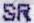
SR